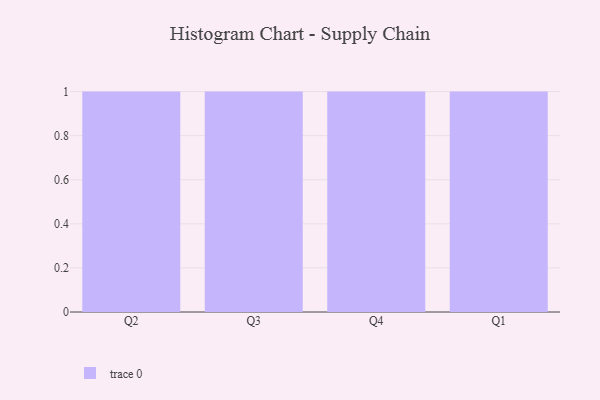
{"axis": {"x": "Quarter", "y": "Operating Costs (USD K)"}, "legend": [""], "data": [{"x": "Q2", "y": 83, "type": ""}, {"x": "Q3", "y": 51, "type": ""}, {"x": "Q4", "y": 45, "type": ""}, {"x": "Q1", "y": 93, "type": ""}]}